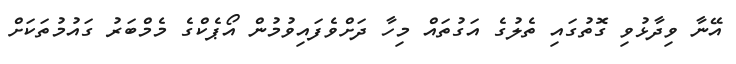
އޭނާ ވިދާޅުވި ގޮތުގައި ތެލުގެ އަގުތައް މިހާ ދަށްވެފައިވުމުން އޯޕެކްގެ މެމްބަރު ގައުމުތަކަށް